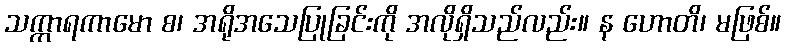
သက္ကာရကာမော စ၊ အရိုအသေပြုခြင်းကို အလိုရှိသည်လည်း။ န ဟောတိ၊ မဖြစ်။